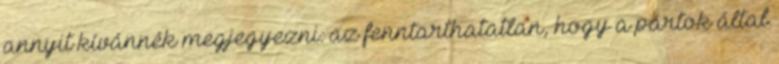
annyit kívánnék megjegyezni: az fenntarthatatlan, hogy a pártok által